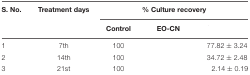
<table><thead><tr><td><b>S. No.</b></td><td><b>Treatment days</b></td><td colspan="3"><b>% Culture recovery</b></td></tr><tr><td>[EMPTY_CELL]</td><td>[EMPTY_CELL]</td><td><b>Control</b></td><td><b>EO-CN</b></td><td>[EMPTY_CELL]</td></tr></thead><tbody><tr><td>1</td><td>7th</td><td>100</td><td>[EMPTY_CELL]</td><td>77.82 ± 3.24</td></tr><tr><td>2</td><td>14th</td><td>100</td><td>[EMPTY_CELL]</td><td>34.72 ± 2.48</td></tr><tr><td>3</td><td>21st</td><td>100</td><td>[EMPTY_CELL]</td><td>2.14 ± 0.19</td></tr></tbody></table>